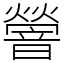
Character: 䪯